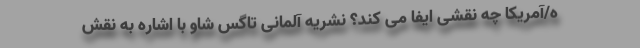
ه/آمریکا چه نقشی ایفا می کند؟ نشریه آلمانی تاگس شاو با اشاره به نقش